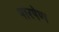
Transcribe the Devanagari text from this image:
पारषेण